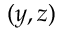
( y , z )